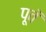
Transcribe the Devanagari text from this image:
पूवॅ